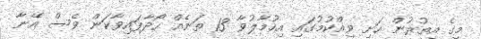
މީގެ އިތުރުން ހަށި ވިއްކުމުގައި އިހުމާލުވާ 13 ތަނެއް ހޯދާފައިވާކަން ވެސް އޭނާ